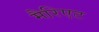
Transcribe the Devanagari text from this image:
मैरिएट